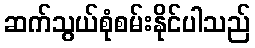
ဆက်သွယ်စုံစမ်းနိုင်ပါသည်